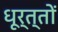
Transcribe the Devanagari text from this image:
धूर्त्तों